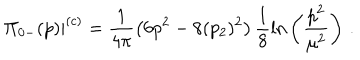
\displaystyle { \left. \Pi _ { 0 - } ( p ) \right| ^ { ( c ) } = \frac { 1 } { 4 \pi } \left( 6 p ^ { 2 } - 8 ( p _ { 2 } ) ^ { 2 } \right) \frac { 1 } { 8 } \mathrm { l n } \left( \frac { p ^ { 2 } } { \mu ^ { 2 } } \right) \, . }